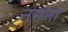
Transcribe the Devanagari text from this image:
नमना